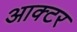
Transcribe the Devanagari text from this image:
आक्टर